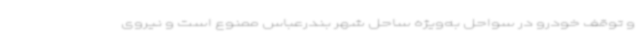
و توقف خودرو در سواحل به‌ویژه ساحل شهر بندرعباس ممنوع است و نیروی